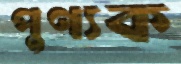
পুণ্যক